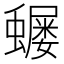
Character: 𮕅